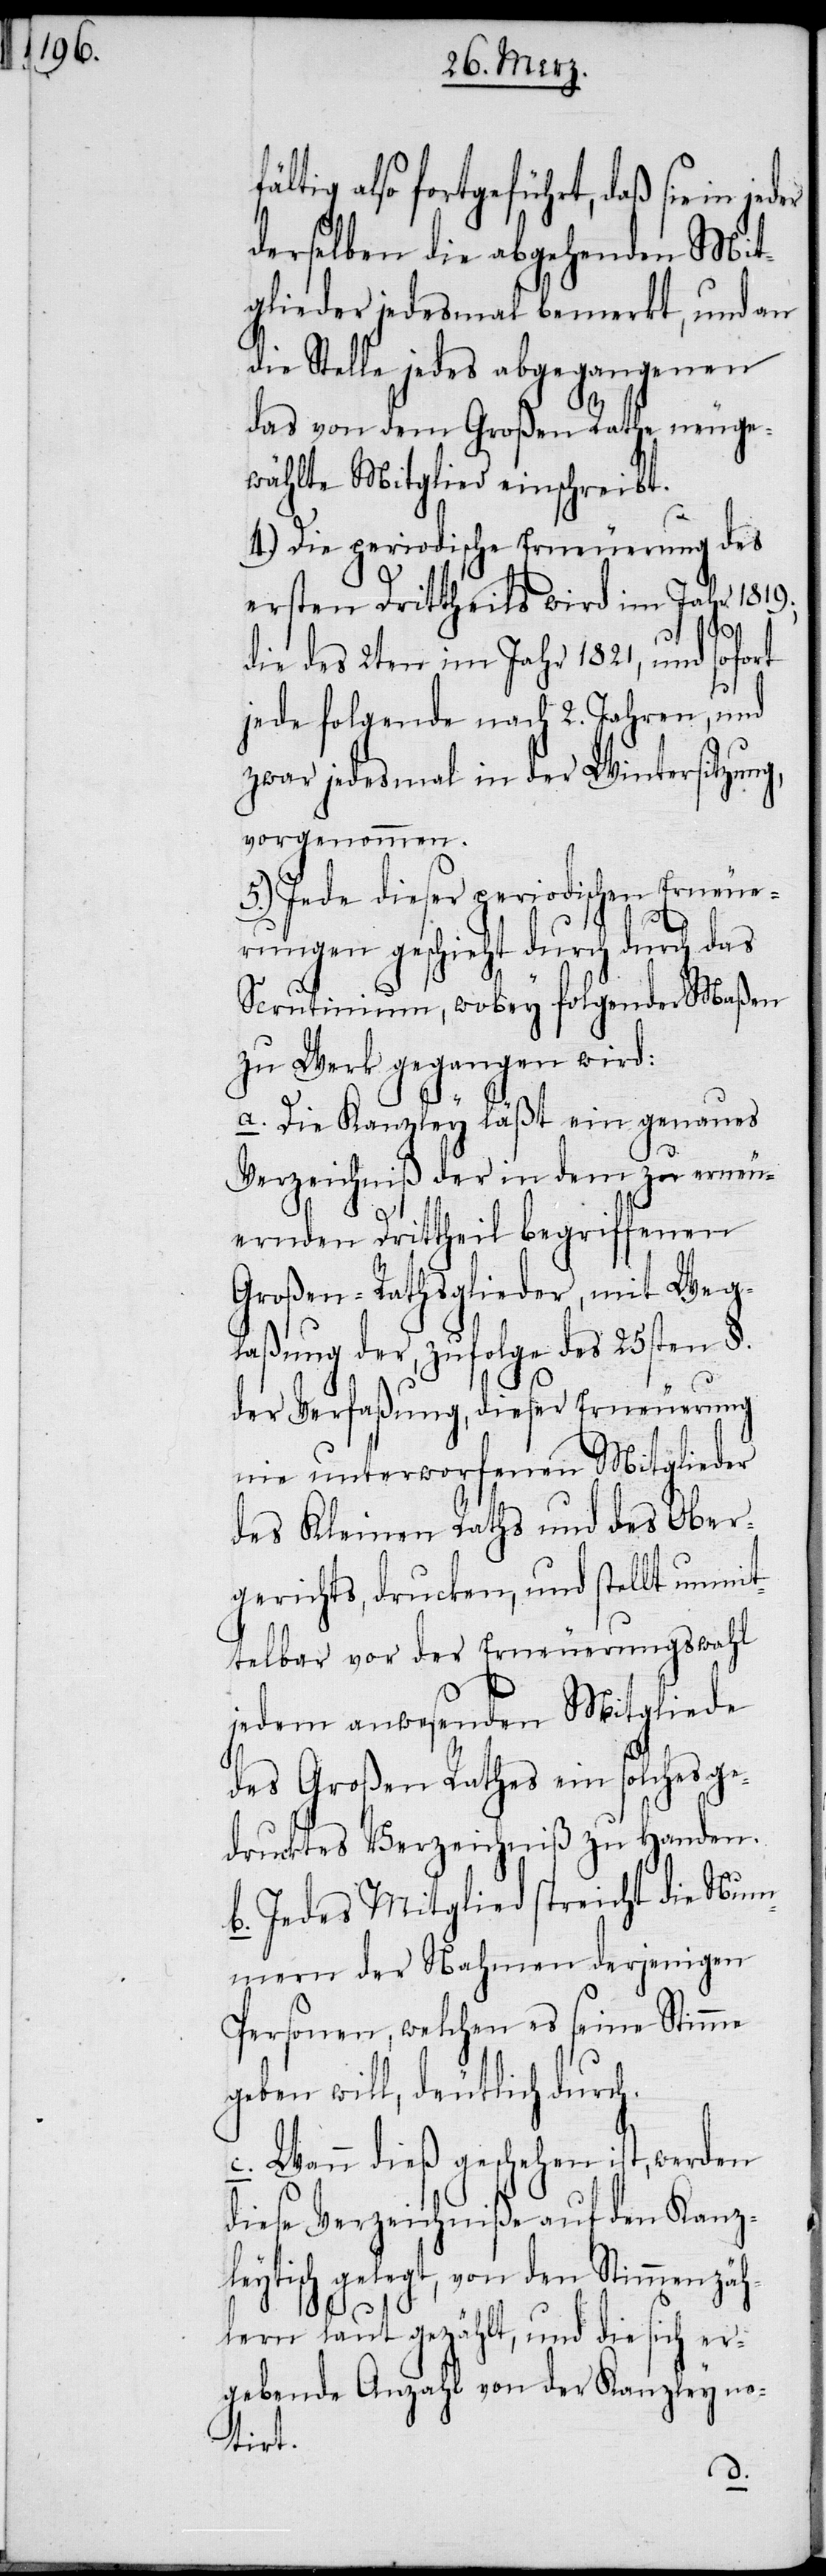
ältig also fortgeführt, daß sie in
derselben die abgehenden Mit¬
glieder jedesmal bemerkt, und an
die Stelle jedes abgegangenen
das von dem Großen Rathe neuge¬
wählte Mitglied einschreibt.
4.) Die periodische Erneuerung des
ersten Drittheils wird im Jahr 1819.,
die des 2ten im Jahr 1821, und sofort
jede folgende nach 2. Jahren, und
zwar jedesmal in der Wintersitzung,
vorgenommen.
5.) Jede dieser periodischen Erneue¬
rungen geschieht durch durch
Scrutinium, wobey folgender Maßen
zu Werk gegangen wird:
a. Die Kanzley läßt ein genaues
Verzeichniß der in dem zu erneu¬
ernden Drittheil begriffenen
Großen-Rathsglieder, mit Weg¬
laßung der, zufolge des 25sten §.
der Verfaßung, dieser Erneuerung
nie unterworfenen Mitglieder
des Kleinen Raths und des Ober¬
gerichts, drucken, und stellt unmit¬
telbar vor der Erneuerungswahl
jedem anwesenden Mitgliede
des Großen Rathes ein solches ge¬
drucktes Verzeichniß zu Handen.
b. Jedes Mitglied streicht die Num¬
mern der Nahmen derjenigen
Personen, welchen es seine Stimme
geben will, deutlich durch.
c. Wann dieß geschehen ist, werden
diese Verzeichniße auf den Kanz¬
leytisch gelegt, von den Stimmenzäh¬
lern laut gezählt, und die sich er¬
gebende Anzahl von der Kanzley no¬
tirt.
f¬